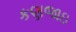
કણજાઇ